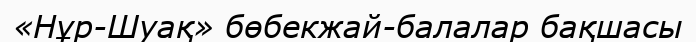
«Нұр-Шуақ» бөбекжай-балалар бақшасы